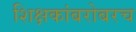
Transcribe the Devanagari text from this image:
शिक्षकांबरोबरच